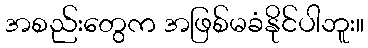
အစည်းတွေက အဖြစ်မခံနိုင်ပါဘူး။